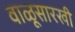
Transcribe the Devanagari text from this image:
वाळूसारखी